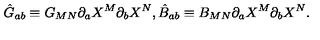
\hat { G } _ { a b } \equiv G _ { M N } \partial _ { a } X ^ { M } \partial _ { b } X ^ { N } , \hat { B } _ { a b } \equiv B _ { M N } \partial _ { a } X ^ { M } \partial _ { b } X ^ { N } .